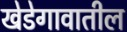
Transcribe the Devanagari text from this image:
खेडेगावातील